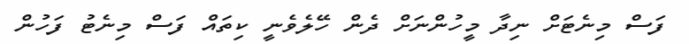
ފަސް މިނެޓަށް ނިދާ މީހުންނަށް ދެން ހޭލެވެނީ ކިތައް ފަސް މިނެޓު ފަހުން